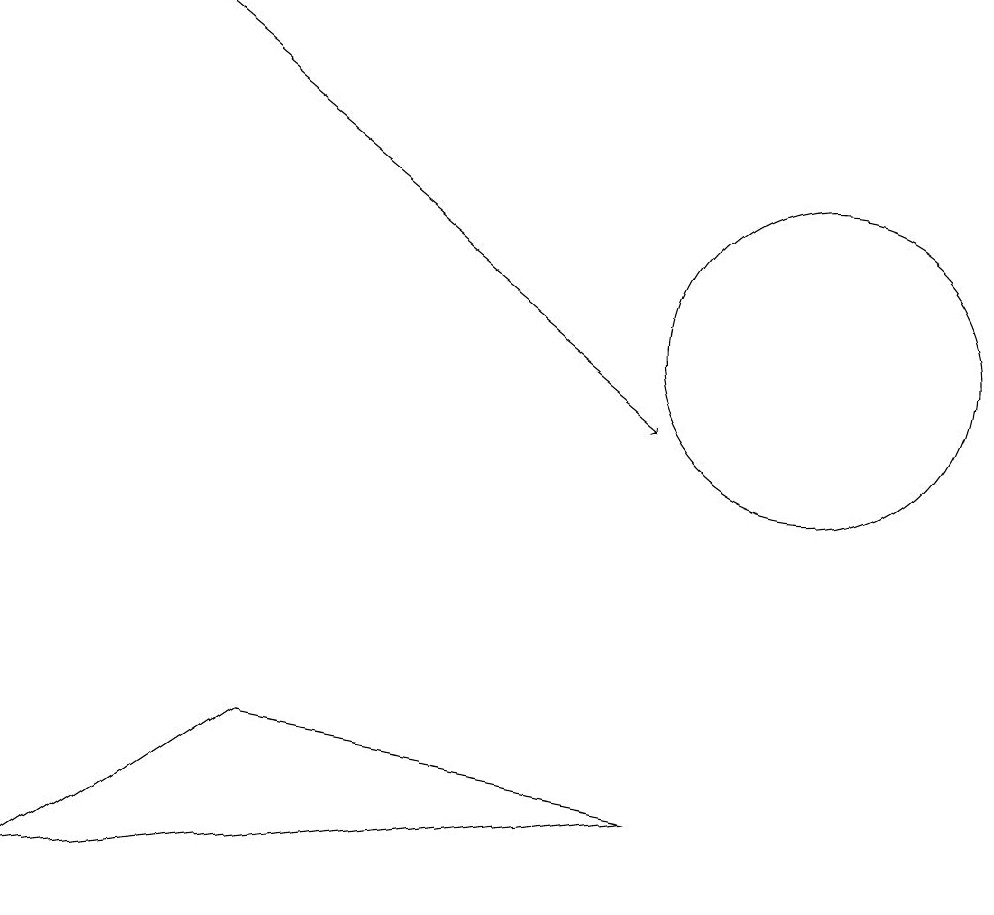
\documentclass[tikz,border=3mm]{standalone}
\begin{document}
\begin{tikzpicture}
\draw[->] (3,15) -- (9,10);
\draw (9,5) -- (4,6) -- (1,4) -- cycle;
\draw (11,11) circle (2);
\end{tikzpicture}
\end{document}